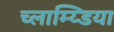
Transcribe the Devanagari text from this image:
च्लाम्य्डिया